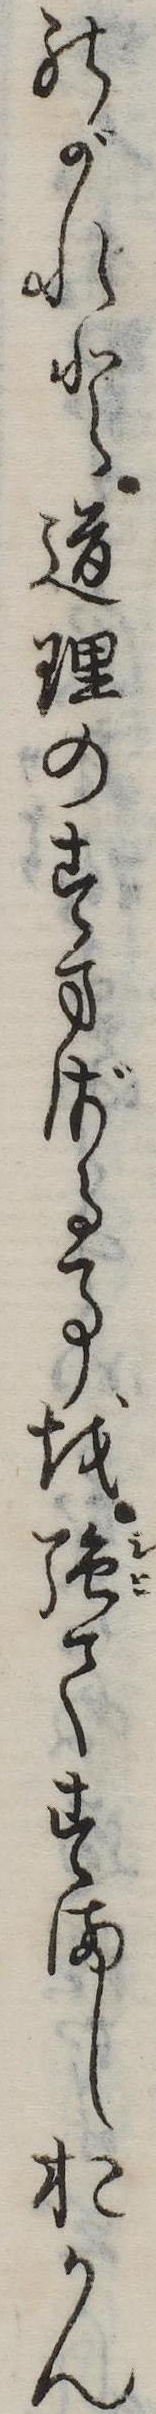
のがれと道理のすまざる事を強てすましおかん